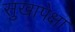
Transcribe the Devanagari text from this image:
सुखापेक्षा